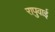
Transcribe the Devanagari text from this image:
रापुवाई